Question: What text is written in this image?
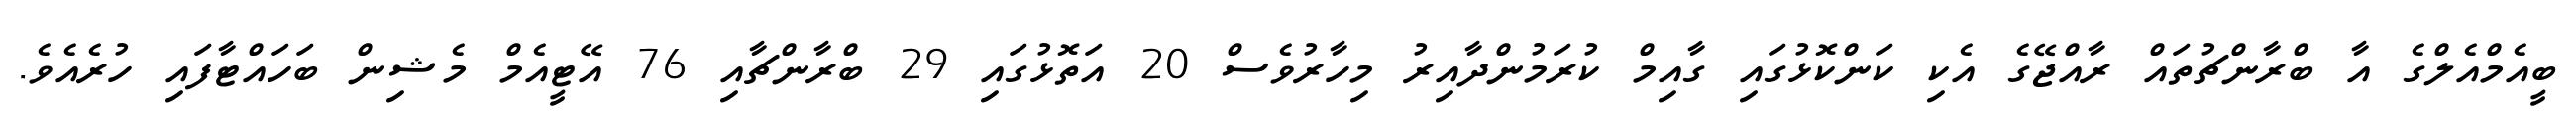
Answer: ބީއެމްއެލްގެ އާ ބްރާންޗުތައް ރާއްޖޭގެ އެކި ކަންކޮޅުގައި ގާއިމް ކުރަމުންދާއިރު މިހާރުވެސް 20 އަތޮޅުގައި 29 ބްރާންޗާއި 76 އޭޓީއެމް މެޝިން ބަހައްޓާފައި ހުރެއެވެ.